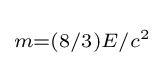
\scriptstyle {m=(8/3)E/c^{2}}